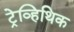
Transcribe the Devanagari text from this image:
ट्रेव्हिथिक